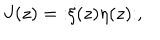
J ( z ) = \mathopen : \xi ( z ) \eta ( z ) \mathclose : ,